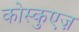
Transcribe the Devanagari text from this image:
कोस्कुएज़